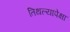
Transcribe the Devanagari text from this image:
तिथल्यापेक्षा